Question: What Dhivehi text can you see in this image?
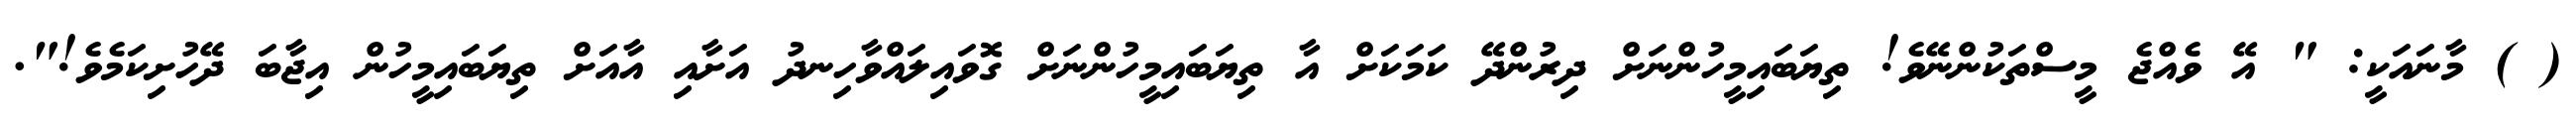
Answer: ( ) މާނައަކީ: " އޭ ވެއްޖެ މީސްތަކުންނޭވެ! ތިޔަބައިމީހުންނަށް ދިރުންދޭ ކަމަކަށް އާ ތިޔަބައިމީހުންނަށް ގޮވައިލައްވާހިނދު އަށާއި އާއަށް ތިޔަބައިމީހުން އިޖާބަ ދޭހުށިކަމެވެ!".